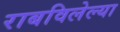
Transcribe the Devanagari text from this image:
राबविलेल्या